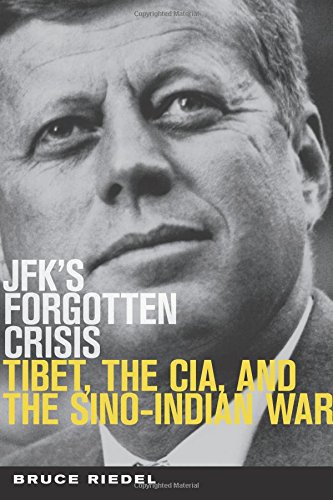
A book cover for JFK's Forgotten Crisis: Tibet, the CIA, and Sino-Indian War; Bruce Riedel; History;